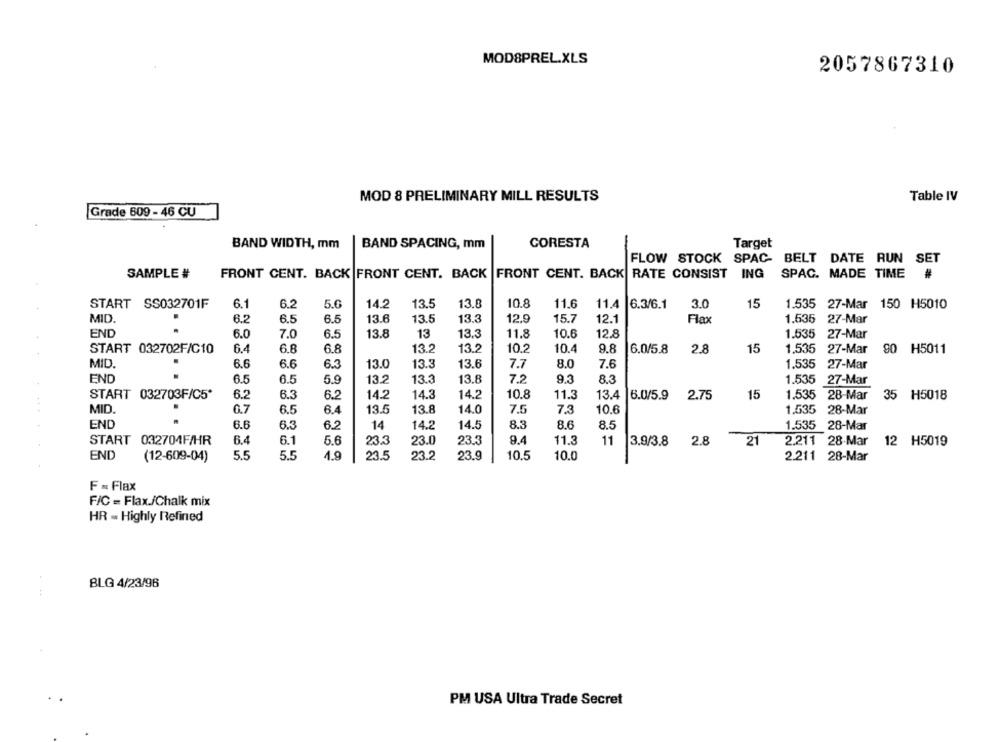
MOD8PREL.XLS
2057867310
MOD 8 PRELIMINARY MILL RESULTS
Table IV
Grade 609 - 46 CU
BAND WIDTH, mm
BAND SPACING, mm
CORESTA
Target
FLOW STOCK SPAC BELT DATE RUN SET
SAMPLE #
FRONT CENT. BACK RATE CONSIST ING
SPAC. MADE TIME #
FRONT CENT. BACK FRONT CENT. BACK
START SS032701F
6.2
5.0
14.2
13.5
13.8
10.8
11.6
11.4
6.3/6.1
3.0
15
1.535 27-Mar 150 H5010
6.1
MID.
6.2
6.5
13.6
13.5
13.3
12.9
15.7
12.1
Flax
1.635
27-Mar
6.5
END
13.8
13
13.3
11.8
10.6
12.8
27-Mar
6.0
7.0
6.5
1.535
START 032702F/C10
6.4
6.8
13.2
13.2
10.2
10.4
9.8
6.0/5.8
15
1,535
90
H5011
6.8
2.8
27-Mar
MID.
6.6
13.0
13.3
13.6
8.0
7.6
6.6
6.3
7.7
1.535
27-Mar
END
13.2
13.3
13.8
7.2
9.3
8.3
6.5
6.5
5.9
1.535 27-Mar
START 032703F/C5*
6.2
6.3
6.2
14.2
14.3
14.2
10.8
11.3
13.4
6.0/5.9
2.75
15
1.535
28-Mar
35 H5018
MID
13.8
14.0
7.5
10.6
0.7
6.5
6.4
13.5
7.3
1.535
28-Mar
END
6.6
6.3
6.2
14
14.2
14.5
8.3
8.6
8.5
1.535 28-Mar
START 032704F/HR
6.4
6.1
5.6
23.3
23.0
23.3
9.4
11.3
11
3.9/3.8
2.8
21
2.211 28-Mar
12 H5019
END
(12-609-04)
5.5
5.5
1.9
23.5
23.2
23.9
10.5
10.0
2.211 28-Mar
F = Flax
F/C = Flax./Chalk mix
HR - Highly Refined
BLG 4/23/96
PM USA Ultra Trade Secret